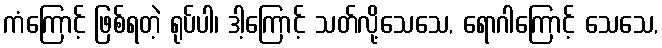
ကံကြောင့် ဖြစ်ရတဲ့ ရုပ်ပါ၊ ဒါ့ကြောင့် သတ်လို့သေသေ, ရောဂါကြောင့် သေသေ,